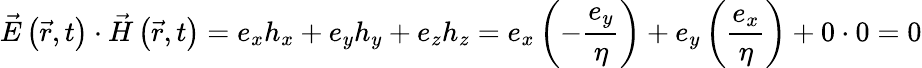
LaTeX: {\vec{E}}\left({\vec{r}},t\right)\cdot{\vec{H}}\left({\vec{r}},t\right)=e_{x}h_{x}+e_{y}h_{y}+e_{z}h_{z}=e_{x}\left(-{\frac{e_{y}}{\eta}}\right)+e_{y}\left({\frac{e_{x}}{\eta}}\right)+0\cdot 0=0